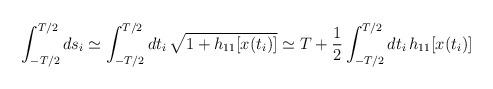
LaTeX: \begin{align*}\int_{-T/2}^{T/2} ds_i \simeq \int_{-T/2}^{T/2} dt_i \, \sqrt{1+h_{11}[x(t_i)]} \simeq T + \frac{1}{2} \int_{-T/2}^{T/2} dt_i \, h_{11}[x(t_i)]\end{align*}